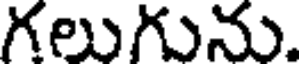
గలుగును.